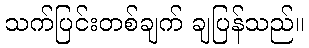
သက်ပြင်းတစ်ချက် ချပြန်သည်။